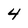
Character: 4